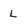
Character: L